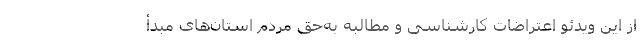
از این ویدئو اعتراضات کارشناسی و مطالبه به‌حق مردم استان‌های مبدأ